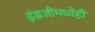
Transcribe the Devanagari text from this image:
इंग्रजीमध्येही